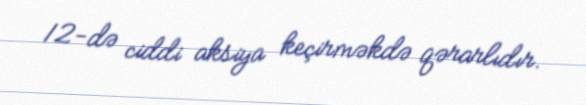
12-də ciddi aksiya keçirməkdə qərarlıdır.